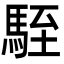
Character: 駤